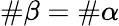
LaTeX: \# \beta=\# \alpha